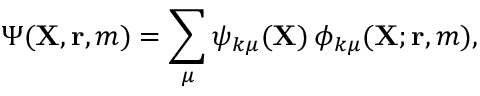
\Psi ( { \mathbf { X } } , { \mathbf { r } } , m ) = \sum _ { \mu } \psi _ { k \mu } ( { \mathbf { X } } ) \, \phi _ { k \mu } ( { \mathbf { X } } ; { \mathbf { r } } , m ) ,